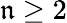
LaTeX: \mathfrak{n}\geq2